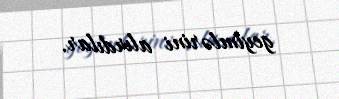
geyimlərini alırdılar.